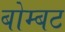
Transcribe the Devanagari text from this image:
बोम्बट